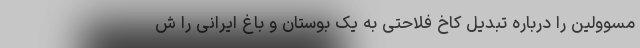
مسوولین را درباره تبدیل کاخ فلاحتی به یک بوستان و باغ ایرانی را ش